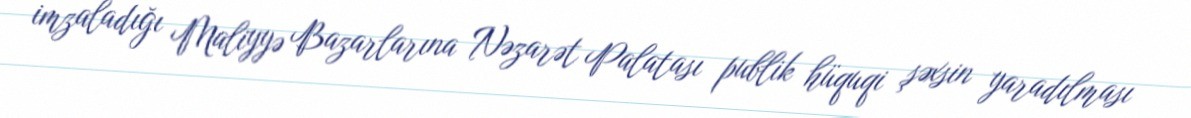
imzaladığı Maliyyə Bazarlarına Nəzarət Palatası publik hüquqi şəxsin yaradılması